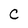
Character: C